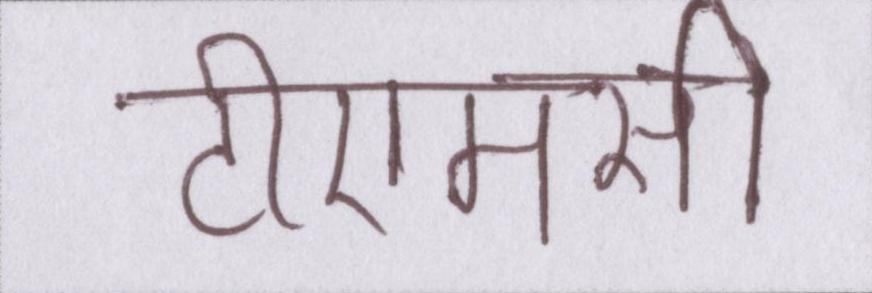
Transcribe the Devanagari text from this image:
टीएमसी